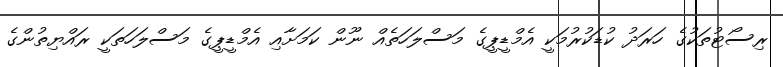
ރިސޯޓުތަކުގެ ހަރަދު ކުޑަކުރުމަކީ އެމްޑީޕީގެ މަސްލަހަތެއް ނޫން ކަމަށާއި އެމްޑީޕީގެ މަސްލަހަތަކީ ރައްޔިތުންގެ